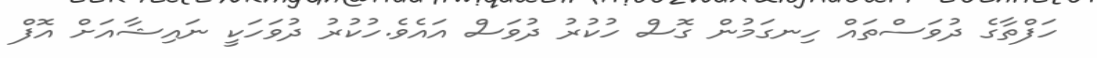
ހަފްތާގެ ދުވަސްތައް ހިނގަމުން ގޮސް ހުކުރު ދުވަސް އައެވެ.ހުކުރު ދުވަހަކީ ނައިޝާއަށް އޮފް